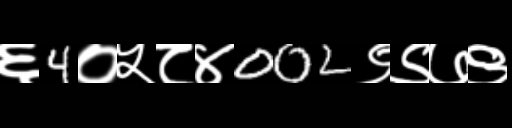
Text: ६4०५८४002९९७९